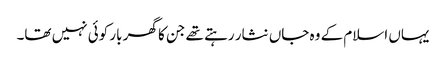
یہاں اسلام کے وہ جاں نثار رہتے تھے جن کا گھر بار کوئی نہیں تھا۔